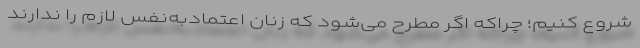
شروع کنیم؛ چراکه اگر مطرح می‌شود که زنان اعتمادبه‌نفس لازم را ندارند